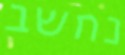
נחשב